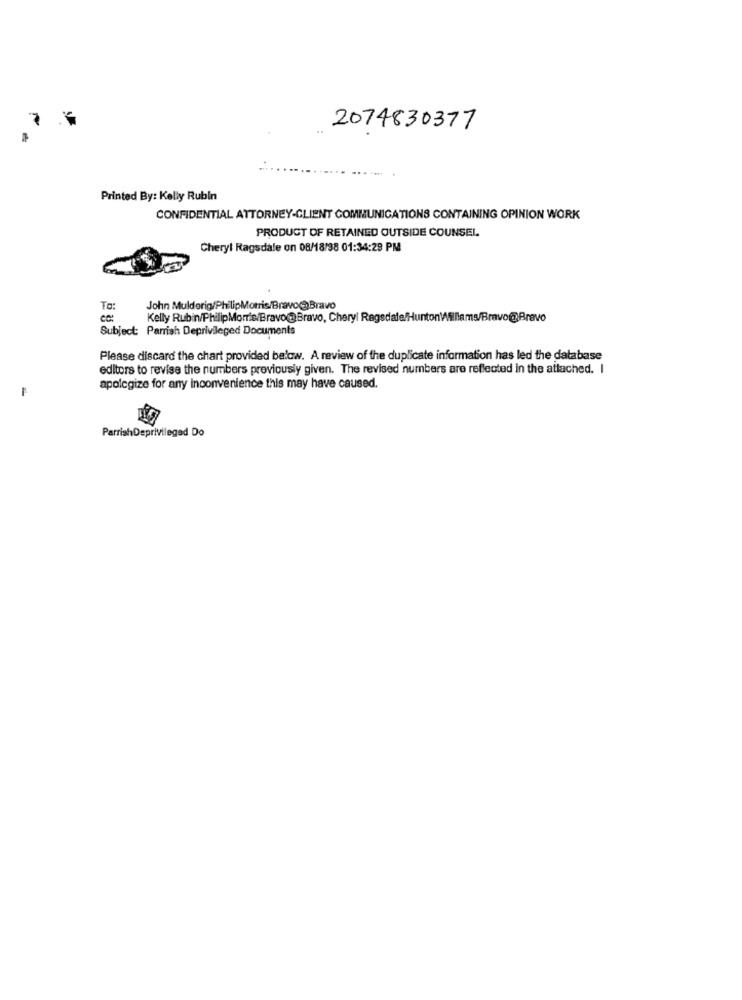
2074830377
Printed By: Kelly Rubin
CONFIDENTIAL ATTORNEY-CLIENT COMMUNICATIONS CONTAINING OPINION WORK
PRODUCT OF RETAINED OUTSIDE COUNSEL.
Cheryl Ragsdale on 08/18/38 01:34:29 PM
To:
John Mulderig/PhilipMorris/Bravo Bravo
Kelly Rubin/PhilipMorris/Bravo@Bravo, Cheryl Ragsdale/HuntonWilliams/Bravo@Bravo
Subject: Parrish Deprivileged Documents
Please discard the chart provided below. A review of the duplicate information has led the database
editors to revise the numbers previously given. The revised numbers are reflected in the attached. I
apologize for any inconvenience this may have caused.
ParrishDeprivileged Do